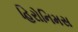
હિરોનિમસ